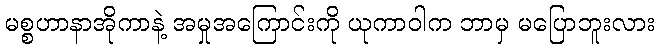
မစ္စဟာနာအိုကာနဲ့ အမှုအကြောင်းကို ယုကာဝါက ဘာမှ မပြောဘူးလား